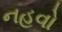
નહવો